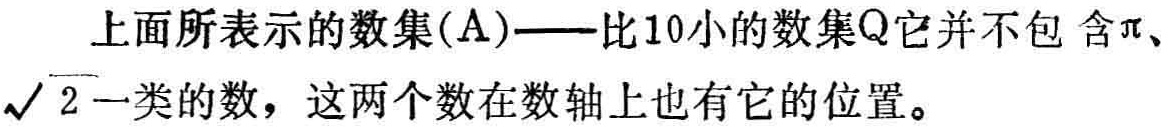
上面所表示的数集(A)——比10小的数集Q它并不包含$\pi$、$\sqrt{2}$一类的数，这两个数在数轴上也有它的位置。